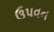
ઉપવન